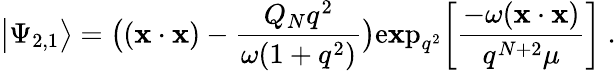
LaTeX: \big|\Psi_{2,1}\big>=\big((\mathbf{x}\cdot\mathbf{x})-{\frac{{Q_{N}q^{2}}}{{\omega(1+q^{2})}}}\big)\mathrm{{e\mathbf{x}p}}_{q^{2}}\bigg[{\frac{{-\omega(\mathbf{x}\cdot\mathbf{x})}}{{q^{N+2}\mu}}}\bigg]\ .